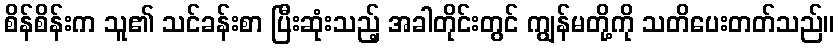
စိန်စိန်းက သူ၏ သင်ခန်းစာ ပြီးဆုံးသည့် အခါတိုင်းတွင် ကျွန်မတို့ကို သတိပေးတတ်သည်။